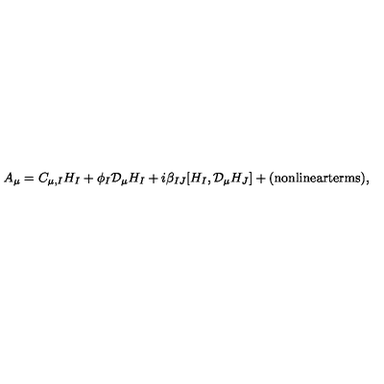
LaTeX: A _ { \mu } = C _ { \mu , I } H _ { I } + \phi _ { I } { \mathcal D } _ { \mu } H _ { I } + i \beta _ { I J } [ H _ { I } , { \mathcal D } _ { \mu } H _ { J } ] + \mathrm { ( n o n l i n e a r t e r m s ) } ,